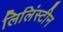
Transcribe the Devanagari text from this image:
लिलिंस्टीन